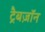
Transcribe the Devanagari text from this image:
ट्रैबज़ॉन